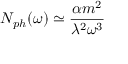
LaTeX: N _ { p h } ( \omega ) \simeq \frac { \alpha m ^ { 2 } } { \lambda ^ { 2 } \omega ^ { 3 } }